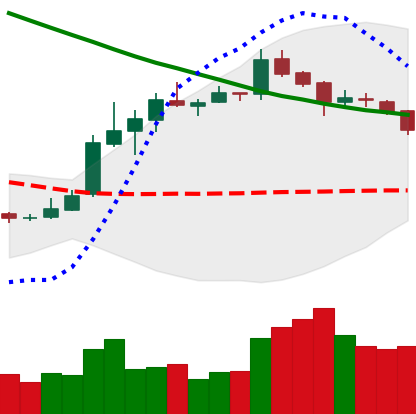
Ticker: XLM-USD
Chart end date: 2019-03-25
Forward return: 4.772%
Label: up_3_5